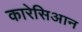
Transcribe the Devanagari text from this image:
कारेसिआन